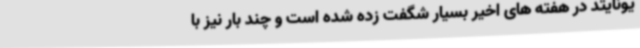
یونایتد در هفته های اخیر بسیار شگفت زده شده است و چند بار نیز با